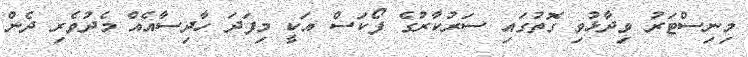
މިނިސްޓަރު ވިދާޅުވި ގޮތުގައި ސަރުކާރުގެ ފޯކަސް އަކީ މިފަދަ ހާދިސާއެއް މެދުވެރި ދެން